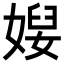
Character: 𡞉